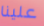
علينا